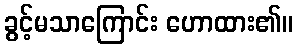
ခွင့်မသာကြောင်း ဟောထား၏။